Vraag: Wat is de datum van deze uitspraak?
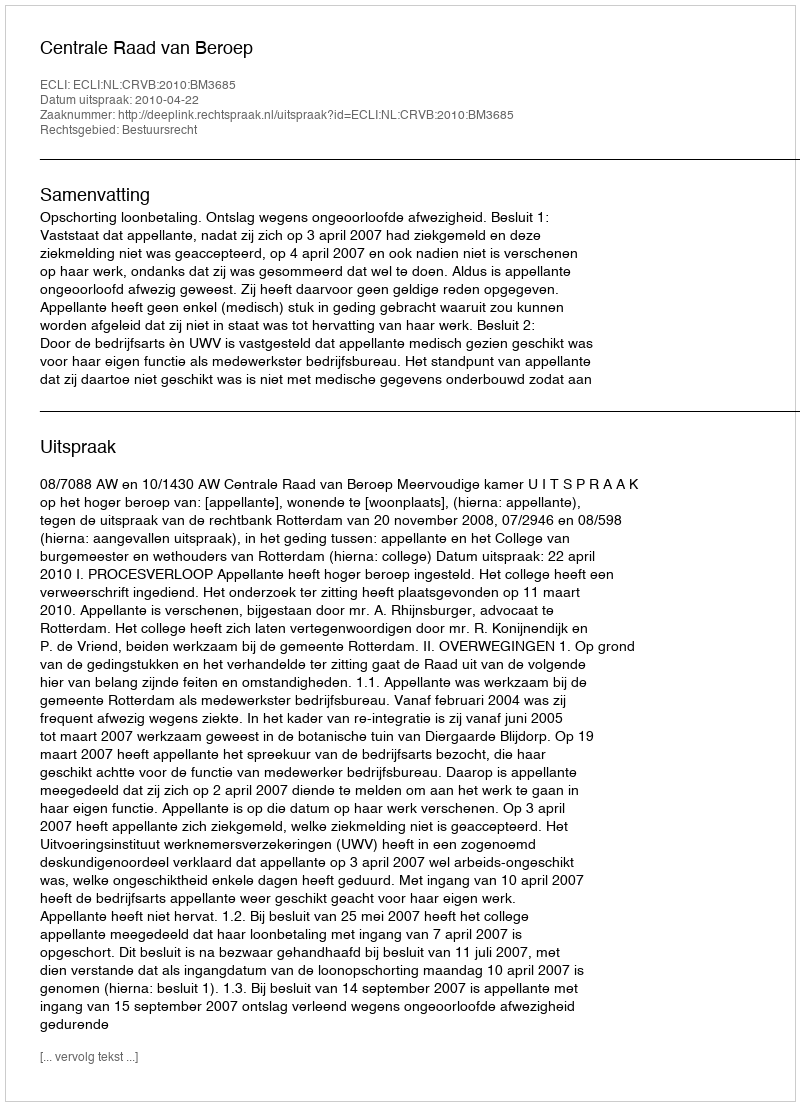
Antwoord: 2010-04-22